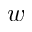
w